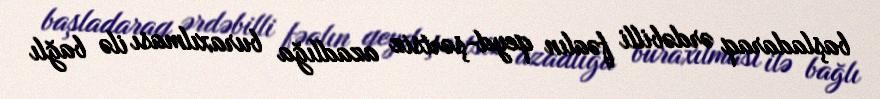
başladaraq ərdəbilli fəalın qeyd-şərtsiz azadlığa buraxılması ilə bağlı